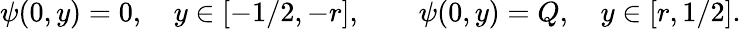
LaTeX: \psi(0,y)=0,~~~~y\in[-1/2,-r],~~~~~~~~\psi(0,y)=Q,~~~~y\in[r,1/2].